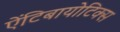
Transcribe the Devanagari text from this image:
ऐंटिबायोटिक्स